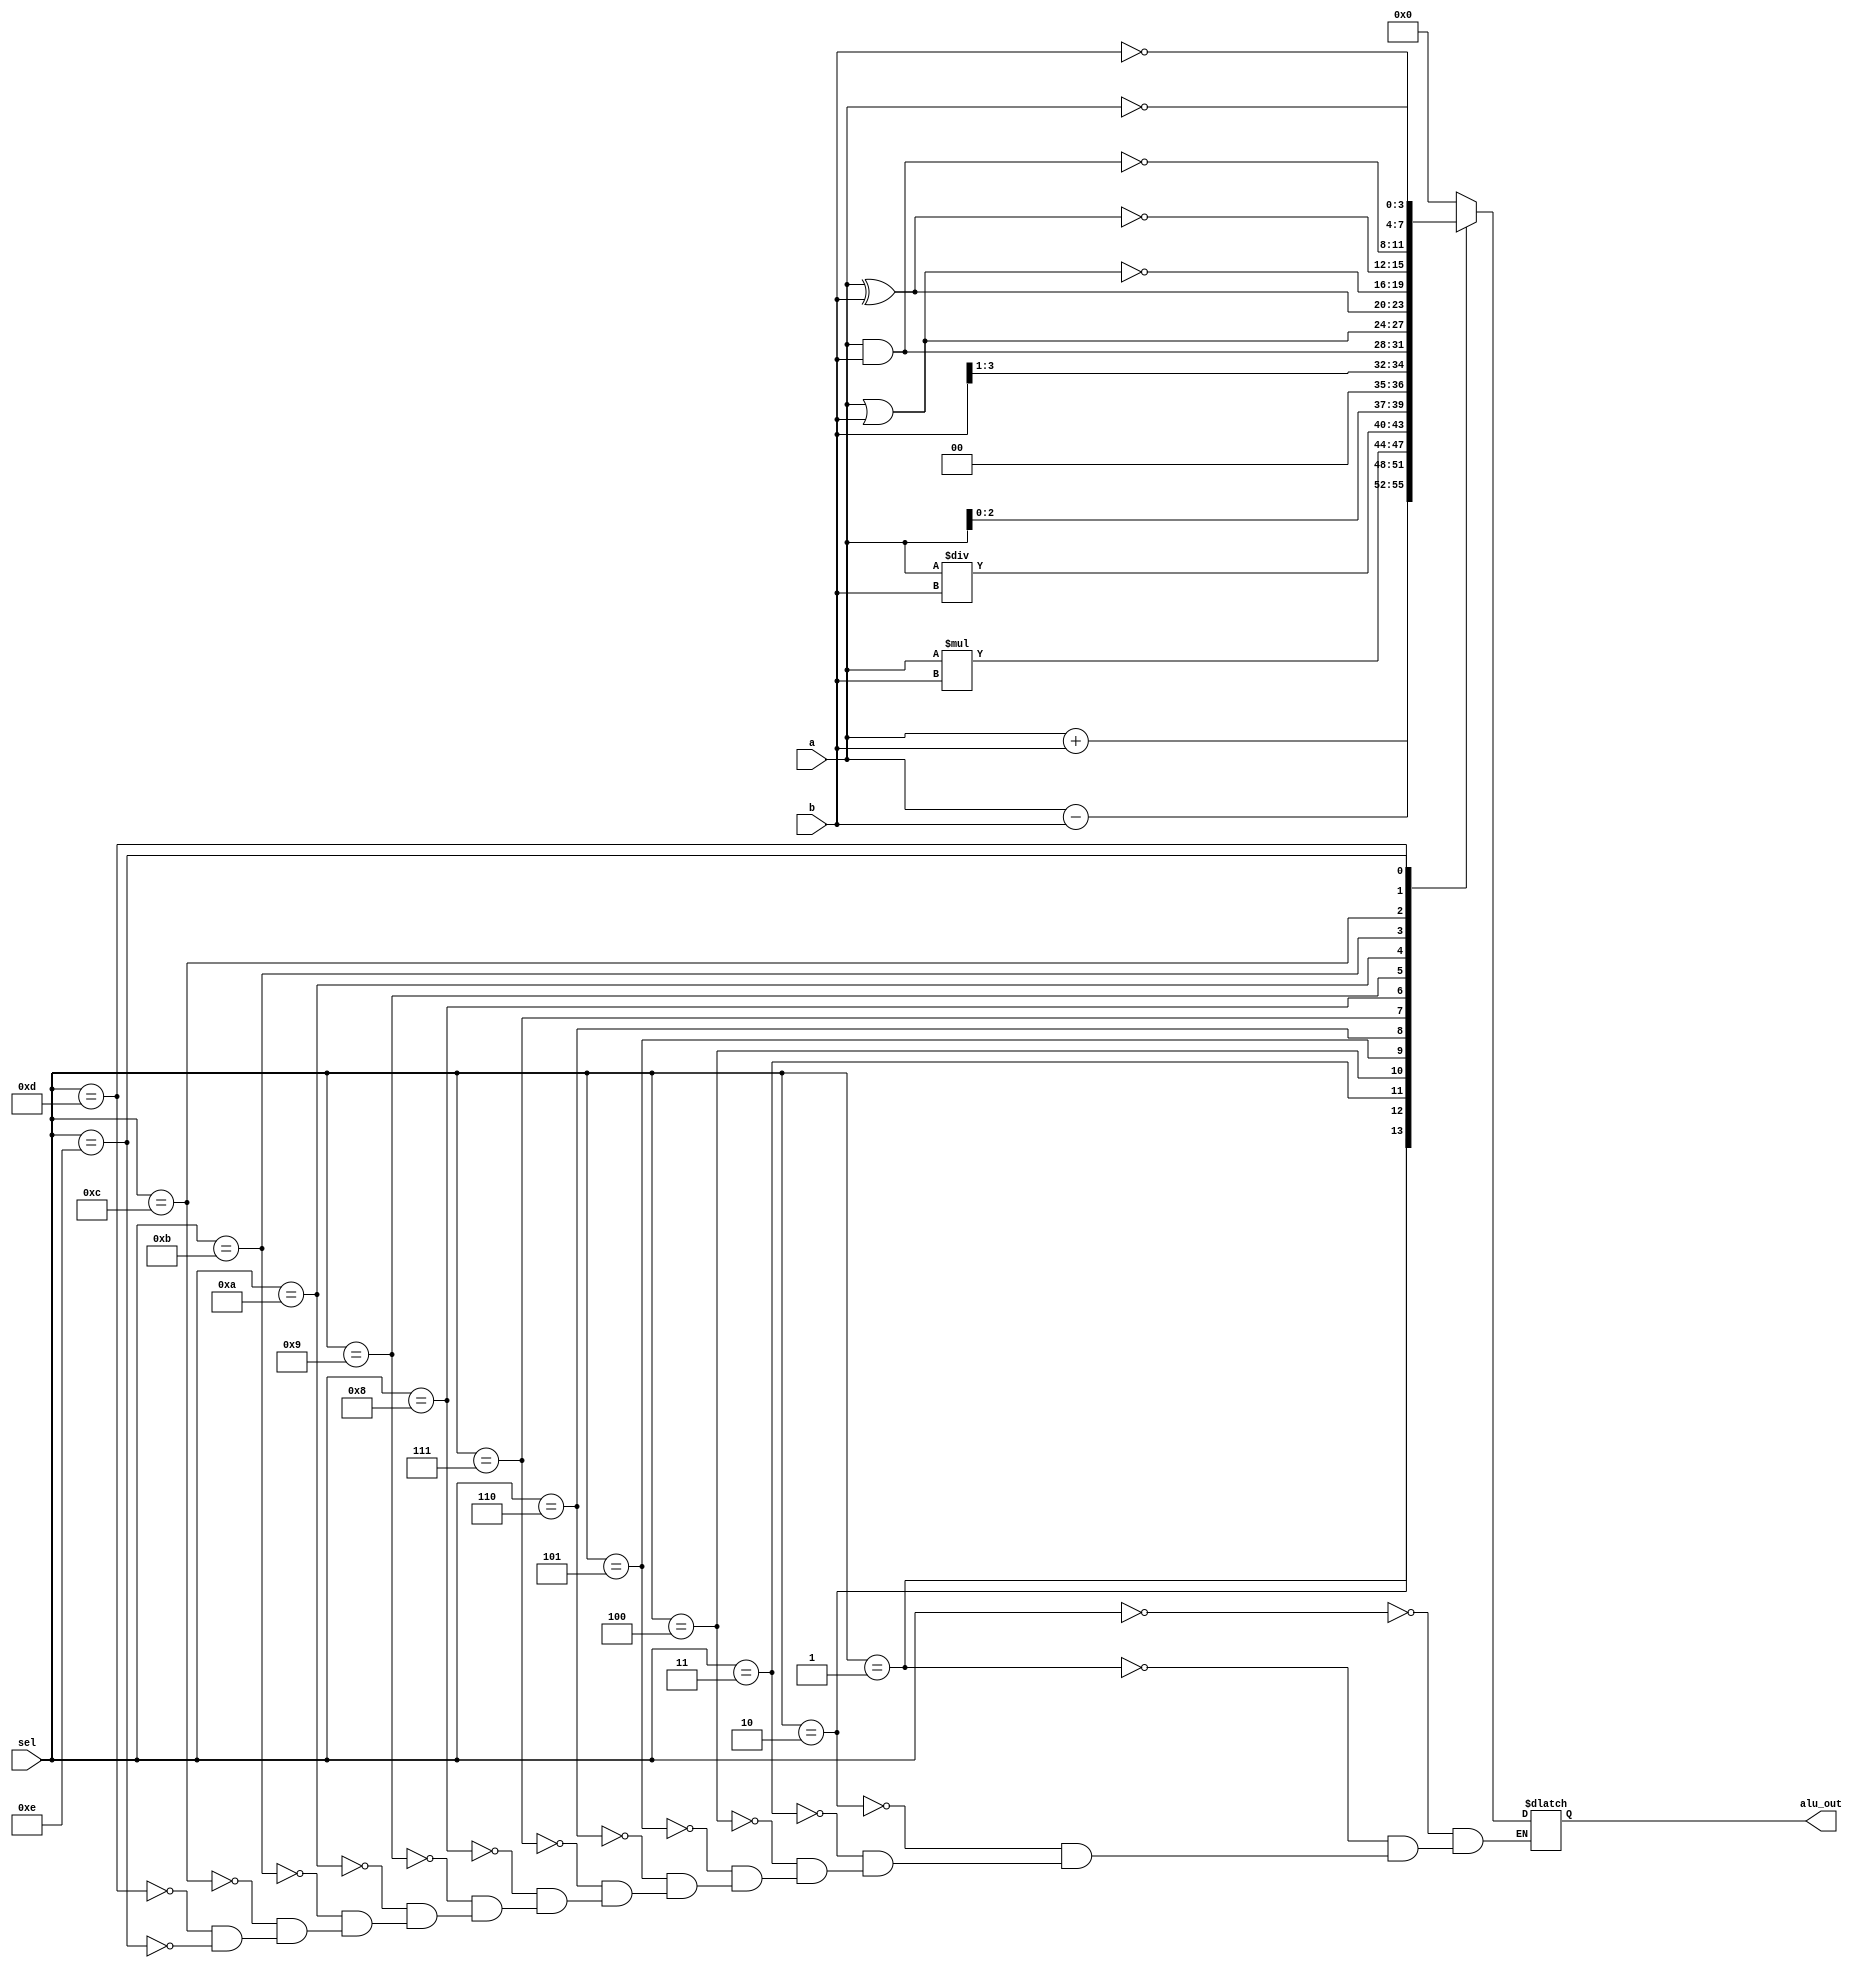
`timescale 1ns / 1ps
module alu(a,b,sel,alu_out);
input [3:0]a,b;
input[3:0]sel;
output reg [3:0]alu_out;
always@(*)
begin 
case(sel)
 4'b0000:alu_out =0;
 4'b0001:alu_out =a+b;
 4'b0010:alu_out =a-b;
 4'b0011:alu_out =a*b;
 4'b0100:alu_out =a/b;
 4'b0101:alu_out =a<<1;
 4'b0110:alu_out =b>>1;
 4'b0111:alu_out =a&b;
 4'b1000:alu_out =a|b;
 4'b1001:alu_out =a^b;
 4'b1010:alu_out =~(a|b);
 4'b1011:alu_out =~(a^b);
 4'b1100:alu_out =~(a&b);
 4'b1101:alu_out =~b;
 4'b1110:alu_out =~a;
endcase
end
endmodule